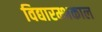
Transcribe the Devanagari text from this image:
विद्यारम्भकाल